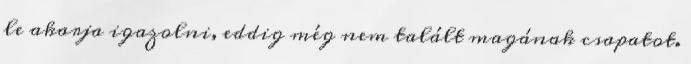
le akarja igazolni, eddig még nem talált magának csapatot.